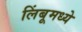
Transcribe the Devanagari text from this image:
लिंबूमध्ये